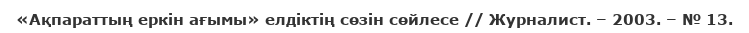
«Ақпараттың еркін ағымы» елдіктің сөзін сөйлесе // Журналист. – 2003. – № 13.